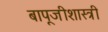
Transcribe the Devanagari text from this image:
बापूजीशास्त्री